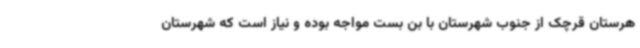
هرستان قرچک از جنوب شهرستان با بن بست مواجه بوده و نیاز است که شهرستان